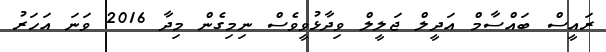
ރައީސް ބައްސާމް އަދީލް ޖަލީލް ވިދާޅުވީވެސް ނިމިގެން މިދާ 2016 ވަނަ އަހަރު